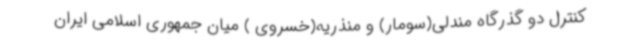
کنترل دو گذرگاه مندلی(سومار) و منذریه(خسروی ) میان جمهوری اسلامی ایران